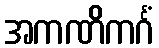
အကဏိကင်္ဂံ